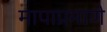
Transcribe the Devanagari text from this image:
मापाप्रमाणे